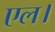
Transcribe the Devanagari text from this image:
एल।